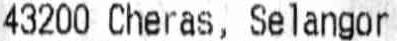
43200 CHERAS, SELANGOR